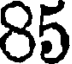
85